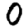
Digit: 0